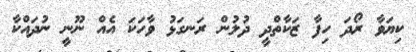
ކިޔަވާ ރޯދަ ހިފާ ޒަކާތްދީ ދުލުން ރަނގަޅު ވާހަކަ އެއް ނޫނީ ނުދައްކާ